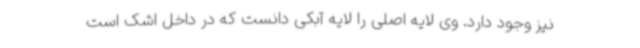
نیز وجود دارد. وی لایه اصلی را لایه آبکی دانست که در داخل اشک است